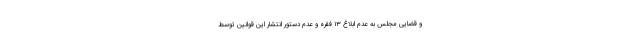
و قضایی مجلس به عدم ابلاغ ۱۳ فقره و عدم دستور انتشار این قوانین توسط